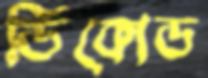
ডিকোড